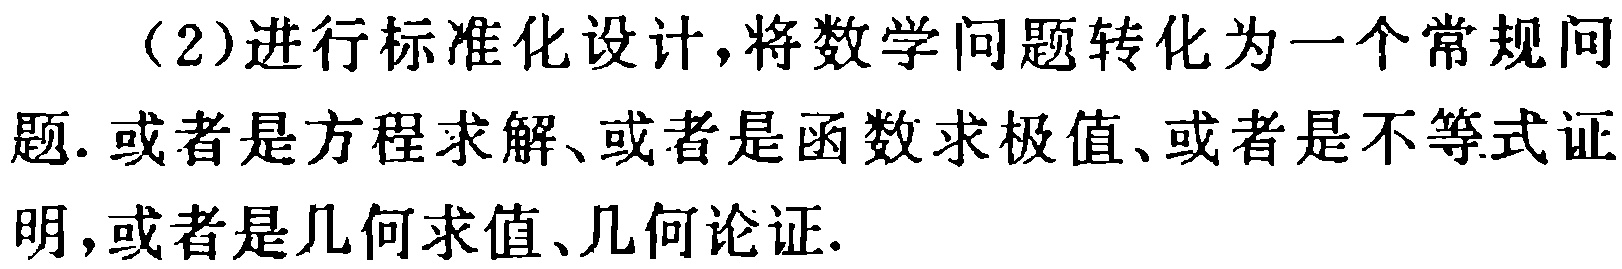
（2）进行标准化设计，将数学问题转化为一个常规问题. 或者是方程求解、或者是函数求极值、或者是不等式证明，或者是几何求值、几何论证.